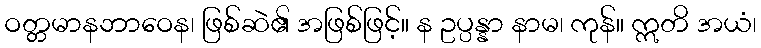
ဝတ္တမာနဘာဝေန၊ ဖြစ်ဆဲ၏ အဖြစ်ဖြင့်။ န ဥပ္ပန္နာ နာမ၊ ကုန်။ ဣတိ အယံ၊